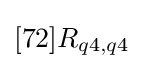
[72]R_{q4,q4}